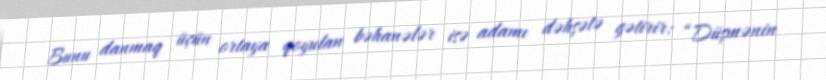
Bunu danmaq üçün ortaya qoyulan bəhanələr isə adamı dəhşətə gətirir: “Düşmənin